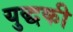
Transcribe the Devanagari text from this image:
युद्धकी